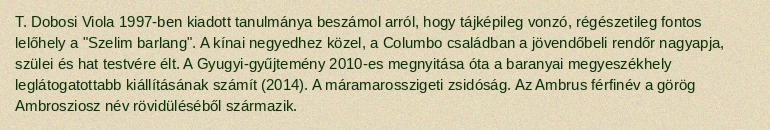
T. Dobosi Viola 1997-ben kiadott tanulmánya beszámol arról, hogy tájképileg vonzó, régészetileg fontos lelőhely a "Szelim barlang". A kínai negyedhez közel, a Columbo családban a jövendőbeli rendőr nagyapja, szülei és hat testvére élt. A Gyugyi-gyűjtemény 2010-es megnyitása óta a baranyai megyeszékhely leglátogatottabb kiállításának számít (2014). A máramarosszigeti zsidóság. Az Ambrus férfinév a görög Ambrosziosz név rövidüléséből származik.